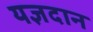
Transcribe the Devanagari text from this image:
यज्ञदान